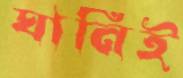
ঘানিই